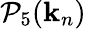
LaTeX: \mathcal{P}_{5}(\mathbf{{k}}_{n})